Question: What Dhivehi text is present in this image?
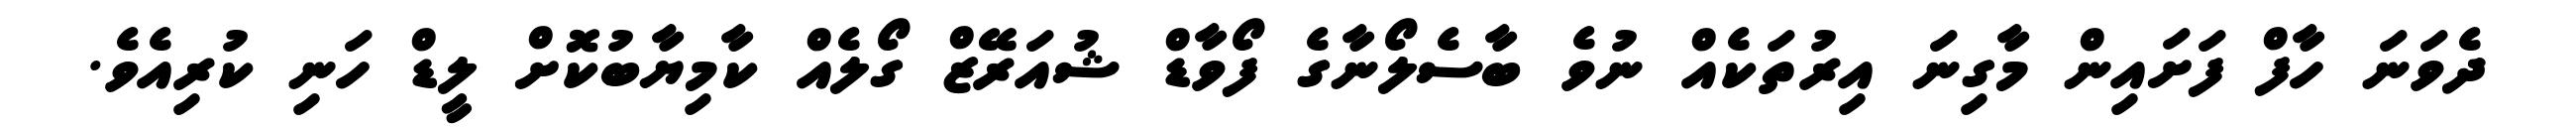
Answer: ދެވަނަ ހާފް ފަށައިން މާގިނަ އިރުތަކެއް ނުވެ ބާސެލޯނާގެ ފޯވާޑް ޝުއަރޭޒް ގޯލެއް ކާމިޔާބުކޮށް ލީޑް ހަނި ކުރިއެވެ.